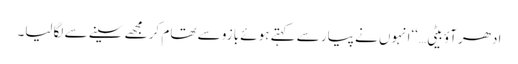
ادھر آؤ بیٹی…‘‘انہوں نے پیار سے کہتے ہوئے بازو سے تھام کر مجھے سینے سے لگالیا۔